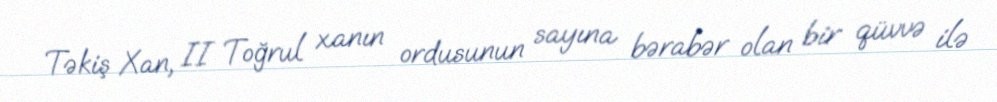
Təkiş Xan, II Toğrul xanın ordusunun sayına bərabər olan bir qüvvə ilə